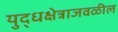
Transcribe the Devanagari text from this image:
युद्धक्षेत्राजवळील